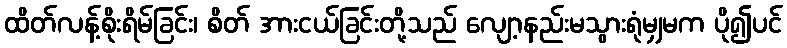
ထိတ်လန့်စိုးရိမ်ခြင်း၊ စိတ် အားငယ်ခြင်းတို့သည် လျော့နည်းမသွားရုံမျှမက ပို၍ပင်